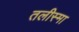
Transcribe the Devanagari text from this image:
तलीस्‍मा